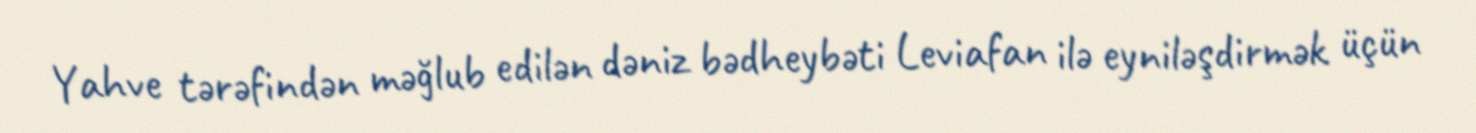
Yahve tərəfindən məğlub edilən dəniz bədheybəti Leviafan ilə eyniləşdirmək üçün